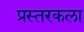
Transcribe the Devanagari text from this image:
प्रस्तरकला